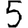
Digit: 5